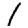
Digit: 1